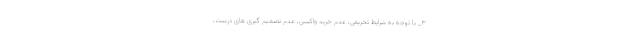
۳_ با توجه به شرایط تحریمی، عدم خرید واکسن، عدم تصمیم گیری های درست،